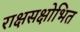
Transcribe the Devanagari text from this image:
राक्षसक्षोभित